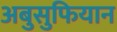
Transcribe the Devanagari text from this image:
अबुसुफियान